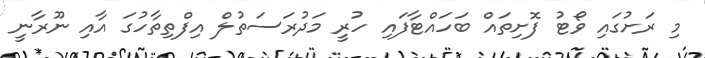
މި ރަށުގައި ވޯޓު ފޮށިތައް ބަހައްޓާފައި ހުރީ މަދުރަސަތުލް އިފްތިތާހުގަ އާއި ނޫރާނީ